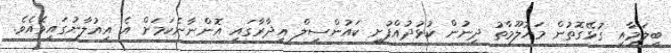
ބީލަމާއި ގުޅޭގޮތުން މައުލޫމާތު ދިނުން ކުޅުދުއްފުށީ ކައުންސިލް އިދާރާގައި އޮންނާނެކަމަށް އެ އިއުލާނުގައިވެއެވެ.